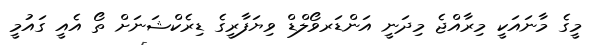
މީގެ މާނައަކީ މިރާއްޖެ މިދަނީ އަންޑަރވޯލްޑް ވިޔަފާރީގެ ޑިރެކްޝަނަށް ތޯ އެއީ ގައުމީ